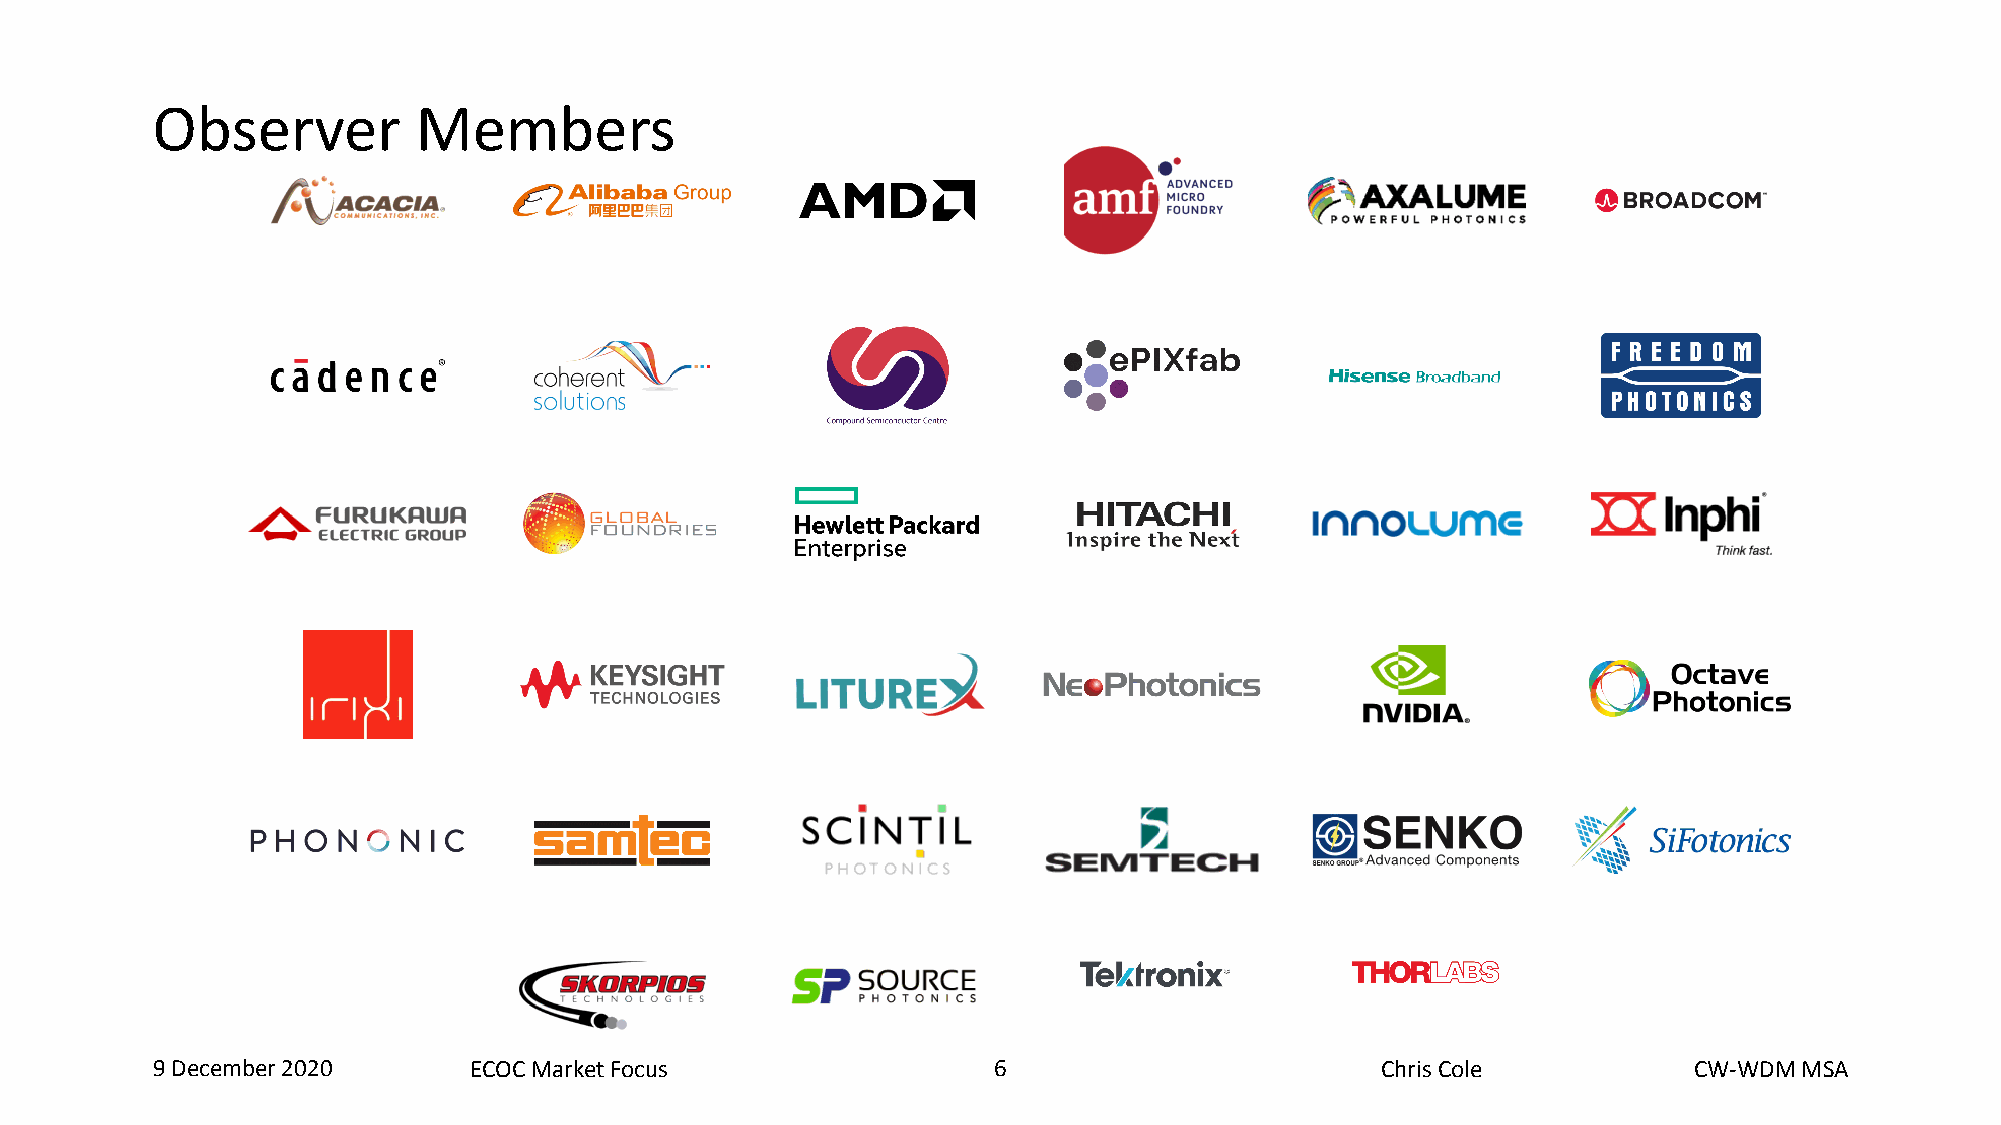
Observer          Members
 9 December 2020      ECOC Market Focus                  6   6                    Chris Cole           CW-WDM MSA